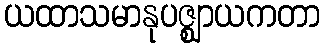
ယထာသမာနုပဇ္ဈာယကတာ